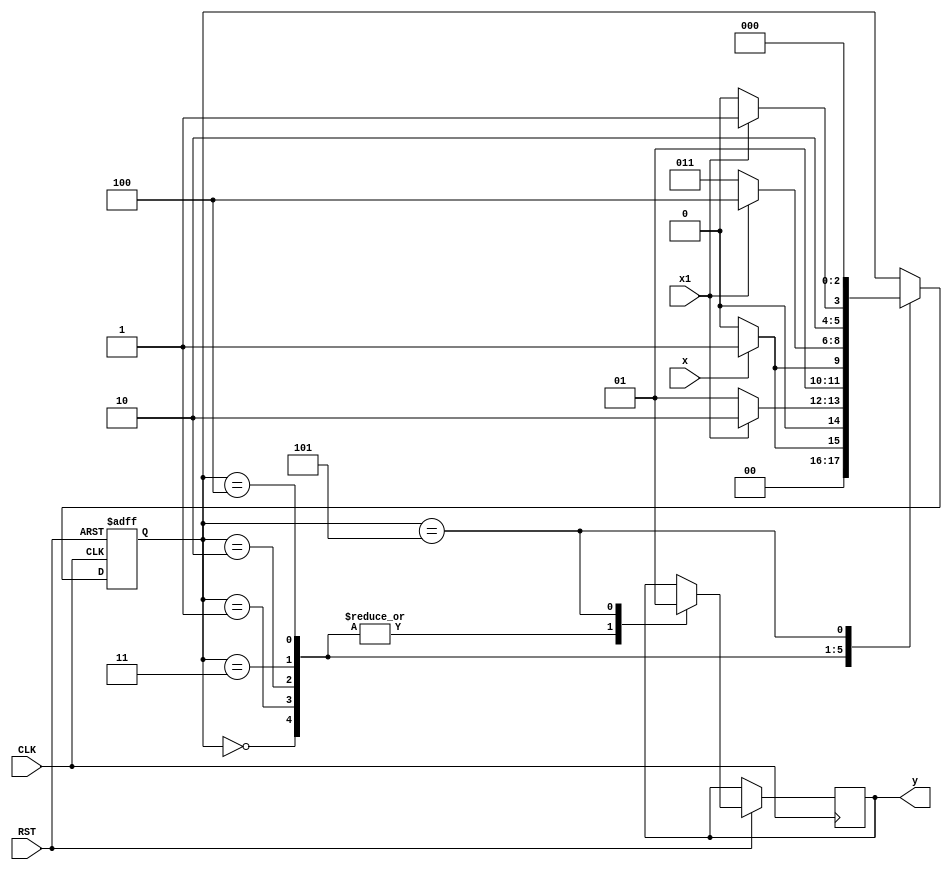
`timescale 1ns / 1ps
//////////////////////////////////////////////////////////////////////////////////
// Company: 
// 
// Design Name: 
// Module Name: HW3_Nagelvoort_Ethan_Prob1_1always
// Project Name: 
// Target Devices: 
// Tool Versions: 
// Description: 
// 
// Dependencies: 
// 
// Revision:
// Revision 0.01 - File Created
// Additional Comments:
// 
//////////////////////////////////////////////////////////////////////////////////

//using one always
//s0=000
//s1=001
//s2=010
//s3=011
//s4=100
//s5=101
module HW3_Nagelvoort_Ethan_Prob1_1always(input CLK,RST,x,x1, output reg y);
wire[2:0] currentState;//states are 3 bits long
reg[2:0] nextState;
always@(posedge CLK or negedge RST) begin

if(RST==0)//active low reset
nextState <= 3'b000;

else begin

case(currentState)//can see where values for y,x,x1 come from from graph in other question

3'b000:begin //currently at s0
y = 1'b0;
if(x == 1'b1)
nextState = 3'b001;
else
nextState = 3'b000;
end

3'b001:begin//s1
y=1'b0;
if(x1==1'b1)
nextState = 3'b010;
else
nextState = 3'b001;
end

3'b010:begin //s2
y=1'b0;
if(x==1'b1)
nextState=3'b011;
else
nextState=3'b010;
end

3'b011:begin//s3
y=1'b0;
if(x1==1'b1)
nextState = 3'b100;
else
nextState = 3'b011;
end

3'b100:begin // s4
y=1'b0;
if(x1 == 1'b1)
nextState = 3'b101;
else
nextState = 3'b100;
end

3'b101:begin // s5
y=1'b1;
nextState = 3'b000;//nextState goes to s0 in any input condition
end
endcase
end
end

assign currentState = nextState;//have current state = next state for the next cycle
endmodule